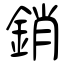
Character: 銷